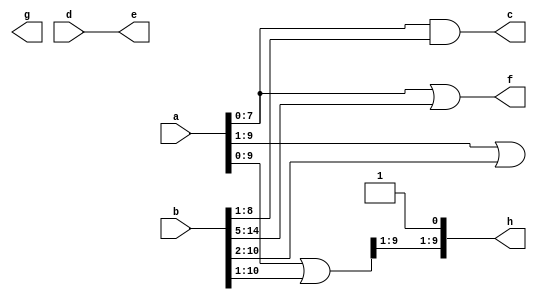

module offset(a, b, c, d, e, f, g, h);

  input [31:0] a;
  input [15:0] b;
  input [32:1] d;
  output [7:0] c;
  output [31:0] e;
  output [10:1] f;
  output [10:1] g;
  output [10:1] h;

  wire [32:1] a_sdw;
  wire [31:16] b_sdw;

  assign a_sdw[32:1] = a[31:0];
  assign b_sdw[31:16] = b[15:0];

  assign c = a_sdw[8:1] & b_sdw[24:17];
  assign e = d;

  assign f = a_sdw[8:1] | b_sdw[31:21];

  assign g[10:2] = a_sdw[10:2] | b_sdw[26:18];
  wire aWire;
  assign { h[10:2], aWire } = a_sdw[10:1] | b_sdw[26:17];
  assign h[1] = 1'b1;

  //expected: h = { a[9:1] | b[10:2], 1'h1 };
endmodule